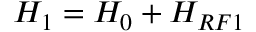
H _ { 1 } = H _ { 0 } + H _ { R F 1 }